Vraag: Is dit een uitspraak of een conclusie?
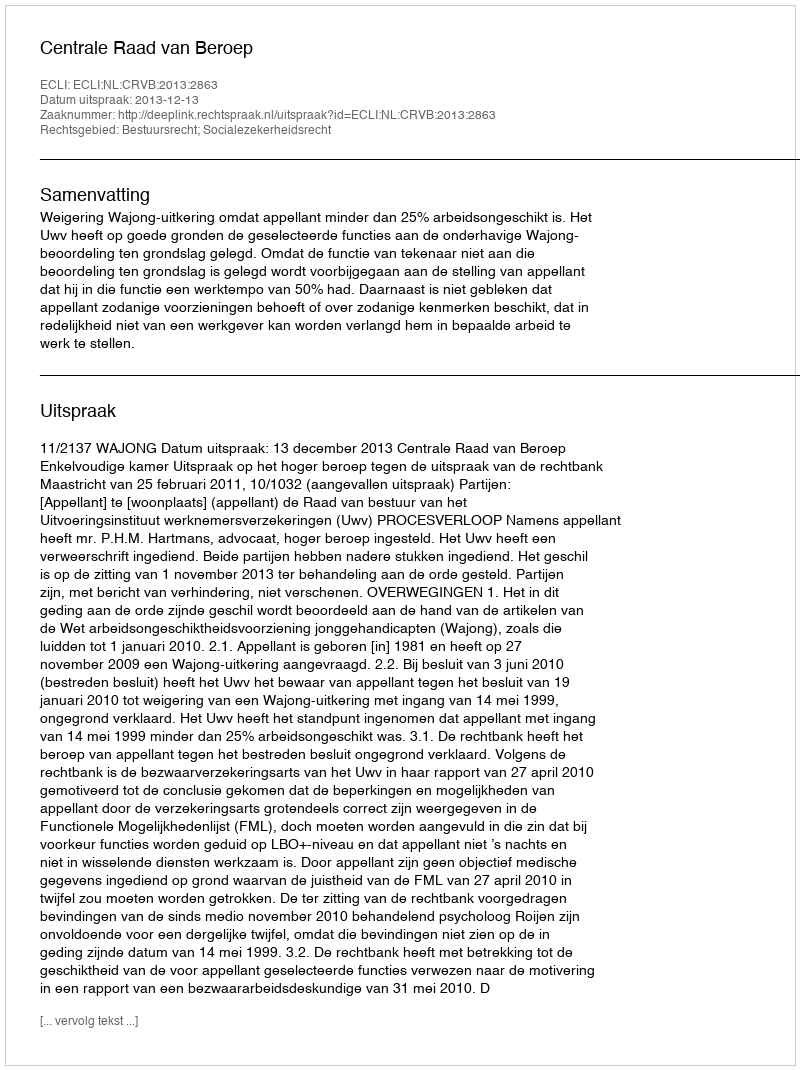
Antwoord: Uitspraak